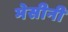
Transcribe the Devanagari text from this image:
मेसीनी